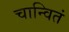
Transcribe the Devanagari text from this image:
चान्वितं